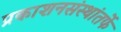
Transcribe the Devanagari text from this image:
प्रकाशनसंस्थांतर्फे